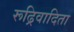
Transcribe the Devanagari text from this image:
रूढ्रिवादिता